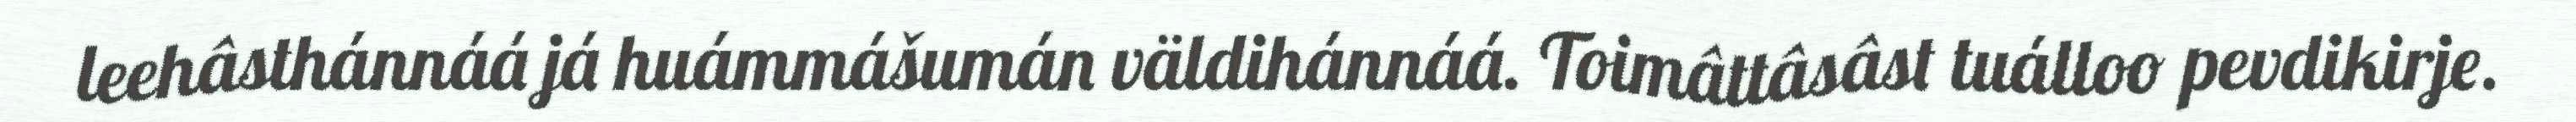
leehâsthánnáá já huámmášumán väldihánnáá. Toimâttâsâst tuálloo pevdikirje.